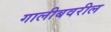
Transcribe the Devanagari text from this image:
गालीबवरील